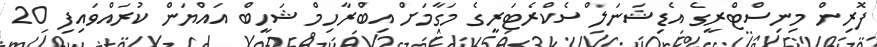
ފޮރިން މިނިސްޓްރީގެ އެޑިޝަނަލް ސެކްރެޓަރީގެ މަގާމަށް އިބްރާހިމް ޝަހީބް އައްޔަން ކުރައްވައިފި 20